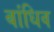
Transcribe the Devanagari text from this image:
बांधिव